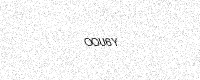
Text: OOU6Y